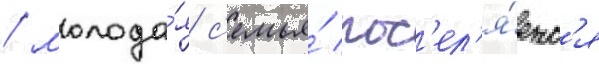
/ молода́я с'емья́ пос'ел'я́етс'я